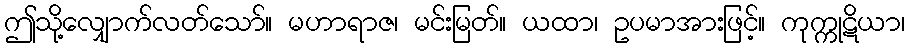
ဤသို့လျှောက်လတ်သော်။ မဟာရာဇ၊ မင်းမြတ်။ ယထာ၊ ဥပမာအားဖြင့်။ ကုက္ကုဋိယာ၊